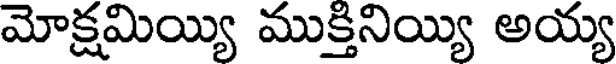
మోక్షమియ్యి ముక్తినియ్యి అయ్య